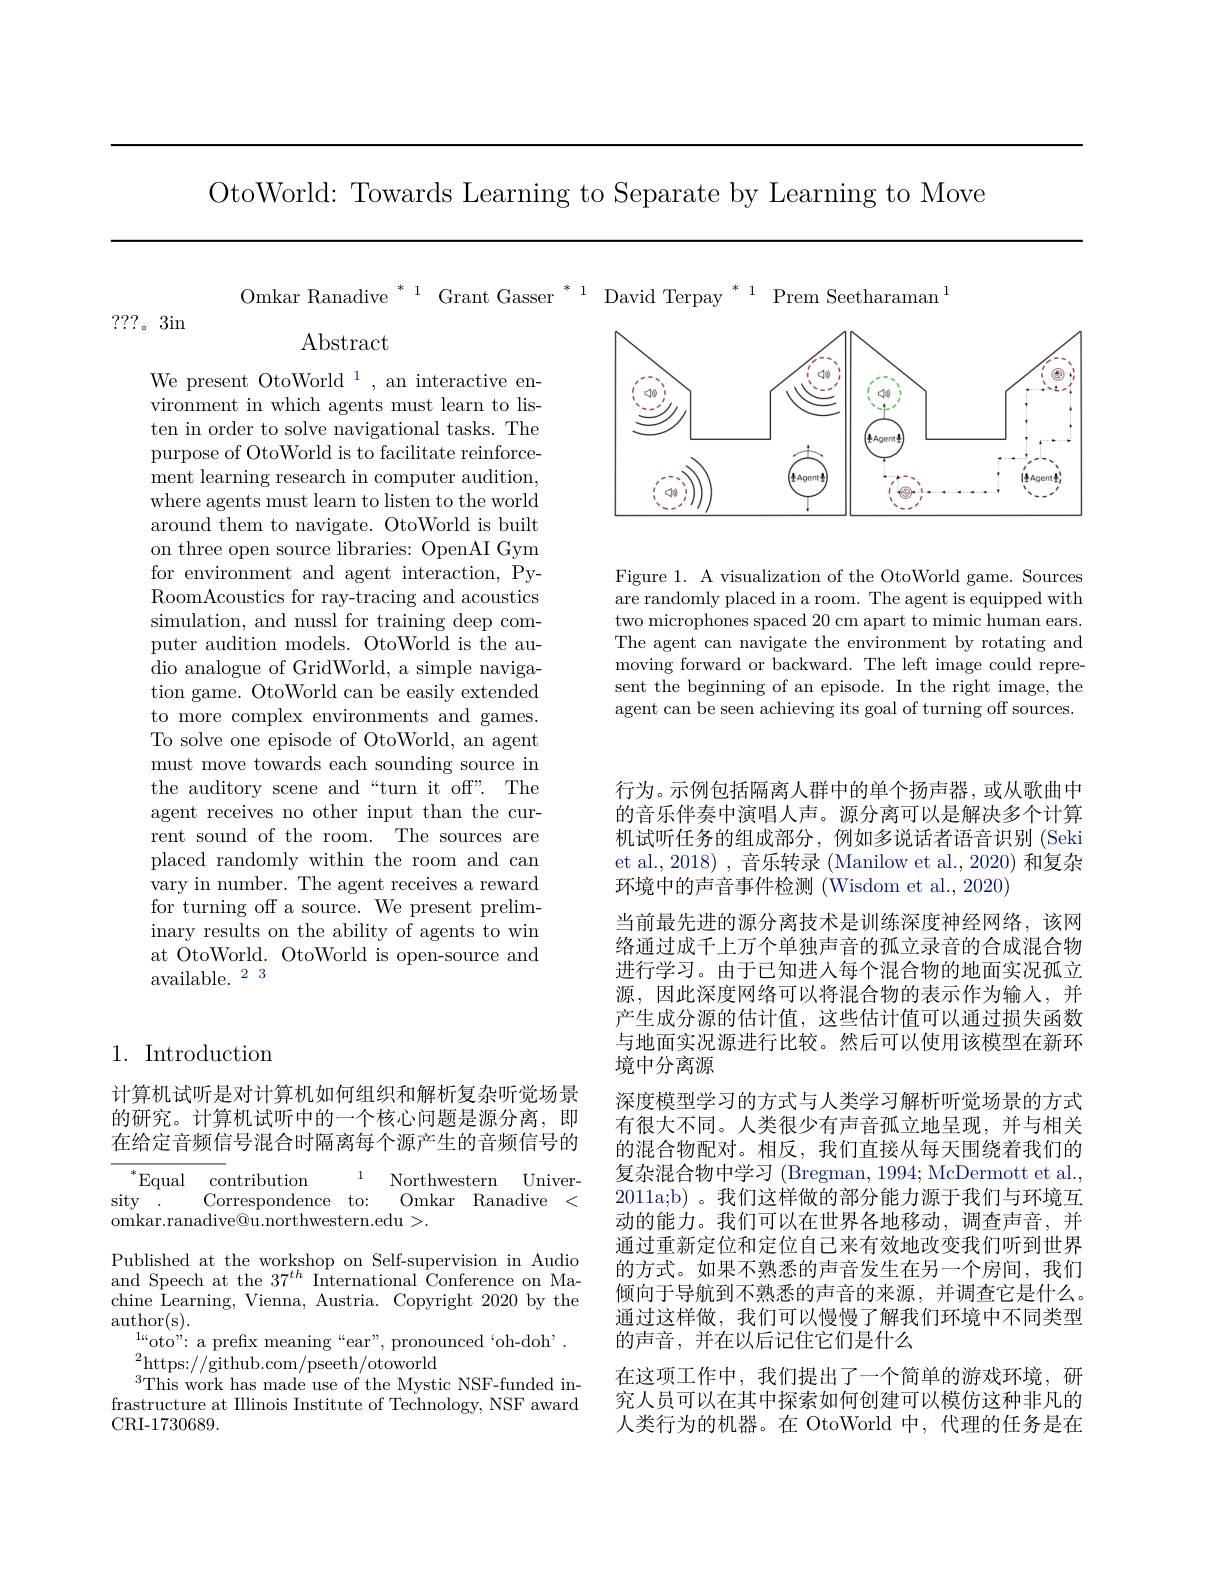
OtoWorld: Towards Learning to Separate by Learning to Move

Omkar Ranadive $^*{}^1{\text{Grant Gasser}}^*{}^1$

???。3in

$\operatorname{Abstract}$

We present OtoWorld 1, an interactive environment in which agents must learn to listen in order to solve navigational tasks. The purpose of OtoWorld is to facilitate reinforcement learning research in computer audition, where agents must learn to listen to the world around them to navigate. OtoWorld is built on three open source libraries: OpenAI Gym for environment and agent interaction, PyRoomAcoustics for ray-tracing and acoustics simulation, and nussl for training deep computer audition models. OtoWorld is the audio analogue of GridWorld, a simple navigation game. OtoWorld can be easily extended to more complex environments and games. To solve one episode of OtoWorld, an agent must move towards each sounding source in the auditory scene and“turn it off”. The agent receives no other input than the current sound of the room. The sources are placed randomly within the room and can vary in number. The agent receives a reward for turning off a source. We present preliminary results on the ability of agents to win at OtoWorld. OtoWorld is open-source and available.$^23$

<FigureHere>

Figure 1. A visualization of the OtoWorld game. Sources are randomly placed in a room. The agent is equipped with two microphones spaced 20 cm apart to mimic human ears. The agent can navigate the environment by rotating and moving forward or backward. The left image could represent the beginning of an episode. In the right image, the agent can be seen achieving its goal of turning off sources.

## 1. Introduction

计算机试听是对计算机如何组织和解析复杂听觉场景的研究。计算机试听中的一个核心问题是源分离，即在给定音频信号混合时隔离每个源产生的音频信号的

1
$^*$Equal contribution
Northwestern Univer-
$\mathrm{sity}^{1}.$
Omkar Ranadive <
Correspondence to:
omkar.ranadive@u.northwestern.edu>.

Published at the workshop on Self-supervision in Audio and Speech at the $37^{th}$ International Conference on Machine Learning, Vienna, Austria. Copyright 2020 by the author(s).
$^{\mathrm{l} }u_{\mathrm{oto" : ~a~prefix~meaning~“ ear" , ~pronounced~` oh- doh^{\prime }. }}$
$^{2}$https://github.com/pseeth/otoworld
$^{3}$This work has made use of the Mystic NSF-funded infrastructure at Illinois Institute of Technology, NSF award CRI- 1730689.

行为。示例包括隔离人群中的单个扬声器，或从歌曲中的音乐伴奏中演唱人声。源分离可以是解决多个计算机试听任务的组成部分，例如多说话者语音识别 (Seki et al., 2018) , 音乐转录 (Manilow et al., 2020) 和复杂环境中的声音事件检测 (Wisdom et al., 2020)
当前最先进的源分离技术是训练深度神经网络，该网络通过成千上万个单独声音的孤立录音的合成混合物进行学习。由于已知进入每个混合物的地面实况孤立源，因此深度网络可以将混合物的表示作为输入，并产生成分源的估计值，这些估计值可以通过损失函数与地面实况源进行比较。然后可以使用该模型在新环境中分离源
深度模型学习的方式与人类学习解析听觉场景的方式有很大不同。人类很少有声音孤立地呈现，并与相关的混合物配对。相反，我们直接从每天围绕着我们的复杂混合物中学习 (Bregman, 1994; McDermott et al., 2011a;b) 。我们这样做的部分能力源于我们与环境互动的能力。我们可以在世界各地移动，调查声音，并通过重新定位和定位自己来有效地改变我们听到世界的方式。如果不熟悉的声音发生在另一个房间，我们倾向于导航到不熟悉的声音的来源，并调查它是什么。通过这样做，我们可以慢慢了解我们环境中不同类型的声音，并在以后记住它们是什么
在这项工作中，我们提出了一个简单的游戏环境，研究人员可以在其中探索如何创建可以模仿这种非凡的人类行为的机器。在 OtoWorld 中，代理的任务是在